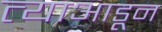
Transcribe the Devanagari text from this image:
त्याआडून